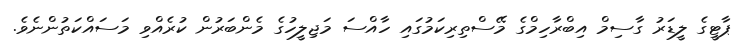
ޕާޓީގެ ލީޑަރު ގާސިމް އިބްރާހިމްގެ މޭސްތިރިކަމުގައި ހާއްސަ މަޖިލީހުގެ މެންބަރުން ކުރެއްވި މަސައްކަތުންނެވެ.